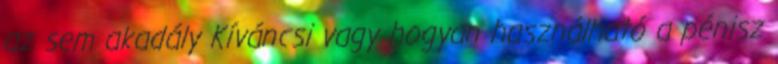
az sem akadály Kíváncsi vagy hogyan használható a pénisz